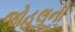
જોહલનો